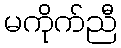
မကိုက်ညီ